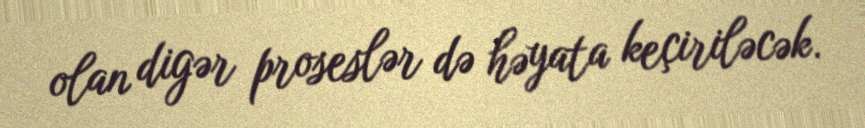
olan digər proseslər də həyata keçiriləcək.